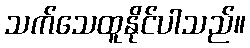
သက်သေထူနိုင်ပါသည်။